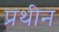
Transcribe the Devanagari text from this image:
प्रथीन